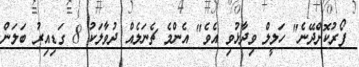
ފޯރުކޮށްދޭނެ" ހަލީލް ވިދާޅުވި އެވެ" އެންމެ ޗެނަލެއް ދުވާލަކު 8 ގަޑިއިރު ބަލަން